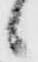
候